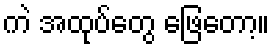
ကဲ အထုပ်တွေ ဖြေတော့။